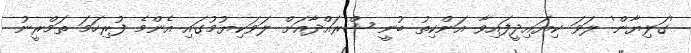
'ގަލިޔާން' ލަވަ ކިޔައިދީފައިވާ އަންކިތު ބުނީ ޝްރައްދާއަށް ލަވަކިޔުމުގައި އެންމެ ފުރިހަމަ ތަމްރީނު